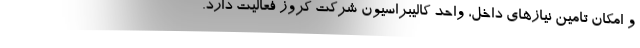
و امکان تامین نیازهای داخل، واحد کالیبراسیون شرکت کروز فعالیت دارد.